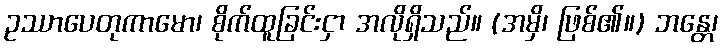
ဥဿာပေတုကာမော၊ စိုက်ထူခြင်းငှာ အလိုရှိသည်။ (အမှိ၊ ဖြစ်၏။) ဘန္တေ၊